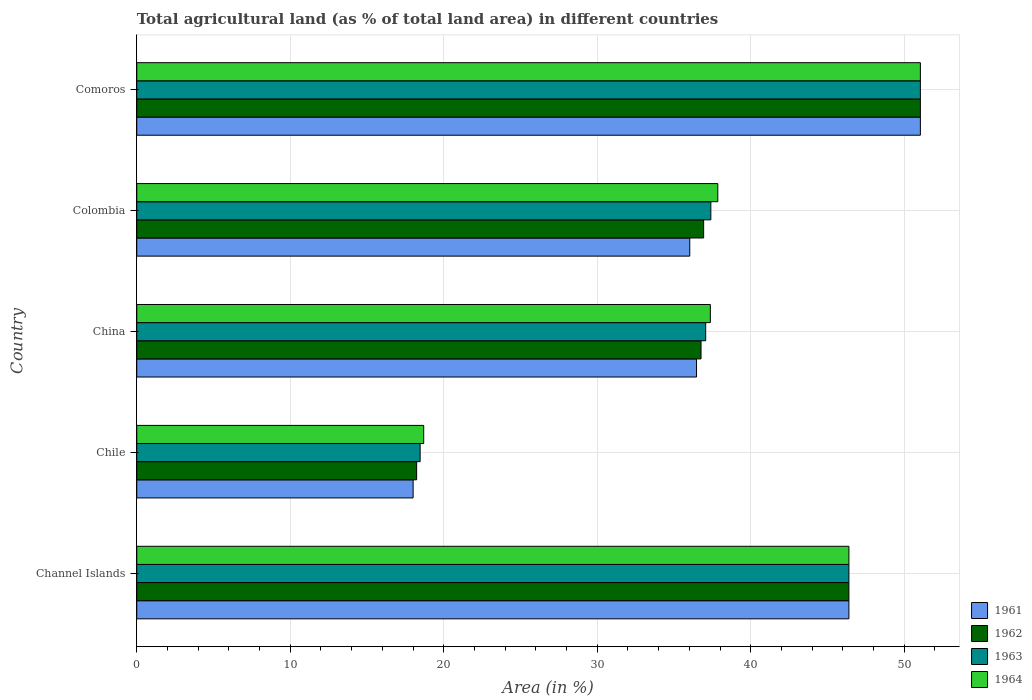
| Country | 1961 | 1962 | 1963 | 1964 |
 | --- | --- | --- | --- | --- |
 | Channel Islands | 46.4 | 46.4 | 46.4 | 46.4 |
 | Chile | 18 | 18.2 | 18.5 | 18.7 |
 | China | 36.5 | 36.8 | 37.1 | 37.4 |
 | Colombia | 36 | 36.9 | 37.4 | 37.9 |
 | Comoros | 51 | 51 | 51 | 51 |